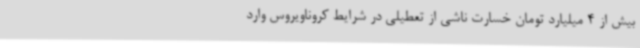
بیش از 4 میلیارد تومان خسارت ناشی از تعطیلی در شرایط کروناویروس وارد